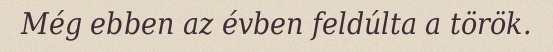
Még ebben az évben feldúlta a török.